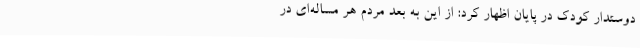
دوستدار کودک در پایان اظهار کرد: از این به بعد مردم هر مساله‌ای در